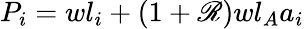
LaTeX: P_{i}=wl_{i}+(1+\mathscr{R})wl_{A}a_{i}